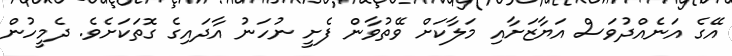
އޭގެ އަނެއްދުވަސް އަޔާޒަށާއި މަލާކަށް ވޭތުވާން ފެށީ ނުހަނު އާދައިގެ ގޮތަކަށެވެ. ދެމީހުން